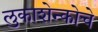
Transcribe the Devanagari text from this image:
लुकाशेन्कोचे